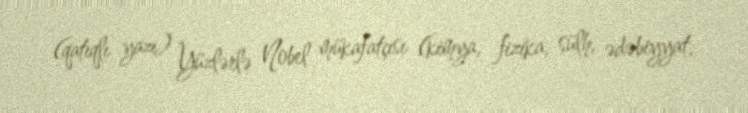
(qatıqlı yazı) Yüzlərlə Nobel mükafatçısı (kimya, fizika, sülh, ədəbiyyat,